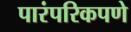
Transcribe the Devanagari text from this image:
पारंपरिकपणे